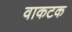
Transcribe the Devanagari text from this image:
वाकटक